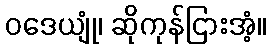
ဝဒေယျုံ၊ ဆိုကုန်ငြားအံ့။